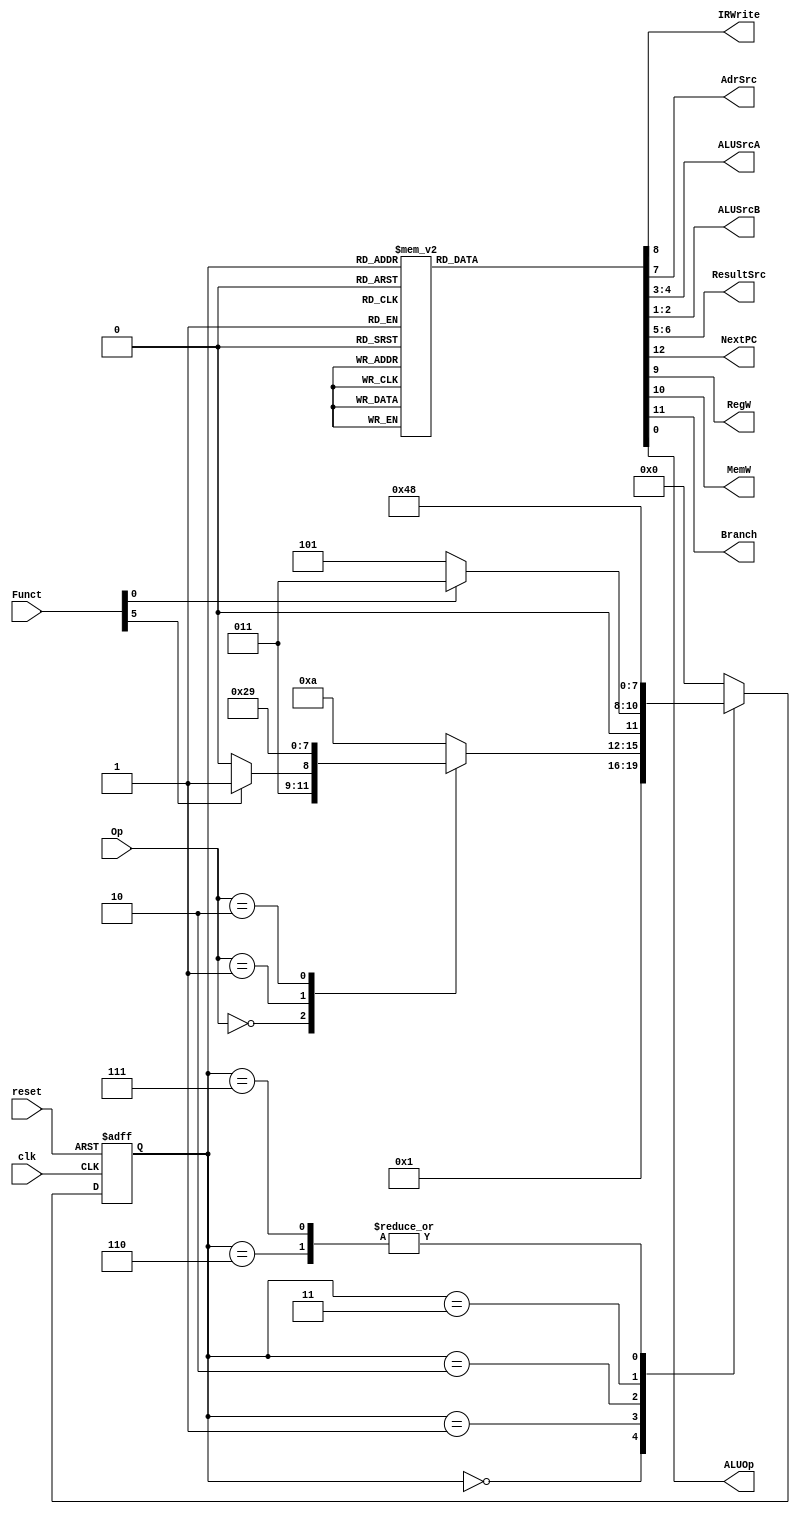
// vim: set expandtab:

module mainfsm (
    clk,
    reset,
    Op,
    Funct,
    IRWrite,
    AdrSrc,
    ALUSrcA,
    ALUSrcB,
    ResultSrc,
    NextPC,
    RegW,
    MemW,
    Branch,
    ALUOp
);
    input wire clk;
    input wire reset;
    input wire [1:0] Op;
    input wire [5:0] Funct;
    output wire IRWrite;
    output wire AdrSrc;
    output wire [1:0] ALUSrcA;
    output wire [1:0] ALUSrcB;
    output wire [1:0] ResultSrc;
    output wire NextPC;
    output wire RegW;
    output wire MemW;
    output wire Branch;
    output wire ALUOp;
    reg [3:0] state;
    reg [3:0] nextstate;
    reg [12:0] controls;

    localparam [3:0] FETCH    = 0;
    localparam [3:0] DECODE   = 1;
    localparam [3:0] MEMADR   = 2;
    localparam [3:0] MEMRD    = 3;
    localparam [3:0] MEMWB    = 4;
    localparam [3:0] MEMWR    = 5;
    localparam [3:0] EXECUTER = 6;
    localparam [3:0] EXECUTEI = 7;
    localparam [3:0] ALUWB    = 8;
    localparam [3:0] BRANCH   = 9;
    localparam [3:0] UNKNOWN  = 10;

    // state register
    always @(posedge clk or posedge reset)
        if (reset)
            state <= FETCH;
        else
            state <= nextstate;


    // ADD CODE BELOW
      // Finish entering the next state logic below.  We've completed the
      // first two states, FETCH and DECODE, for you.

      // next state logic
    always @(*)
        casex (state)
            FETCH: nextstate = DECODE;
            DECODE:
                case (Op)
                    2'b00:
                        if (Funct[5])
                            nextstate = EXECUTEI;
                        else
                            nextstate = EXECUTER;
                    2'b01: nextstate = MEMADR;
                    2'b10: nextstate = BRANCH;
                    default: nextstate = UNKNOWN;
                endcase
            MEMADR:
                if(Funct[0])
                    nextstate = MEMRD;
                else
                    nextstate = MEMWR;
            MEMRD:    nextstate = MEMWB;
            MEMWB:    nextstate = FETCH;
            MEMWR:    nextstate = FETCH;
            EXECUTER: nextstate = ALUWB;
            EXECUTEI: nextstate = ALUWB;
            ALUWB:    nextstate = FETCH;
            BRANCH:   nextstate = FETCH;
            default:  nextstate = FETCH;
        endcase

    // ADD CODE BELOW
    // Finish entering the output logic below.  We've entered the
    // output logic for the first two states, FETCH and DECODE, for you.

    // state-dependent output logic
    always @(*)
        case (state)
            FETCH: controls    = 13'b1_0_0_0_1_0_10_01_10_0;
            DECODE: controls   = 13'b0_0_0_0_0_0_10_01_10_0;
            EXECUTER: controls = 13'b0_0_0_0_0_0_00_00_00_1;
            EXECUTEI: controls = 13'b0_0_0_0_0_0_00_00_01_1;
            ALUWB: controls    = 13'b0_0_0_1_0_0_00_00_00_0;
            MEMADR: controls   = 13'b0_0_0_0_0_0_00_00_01_0;
            MEMWR: controls    = 13'b0_0_1_0_0_1_00_00_00_0;
            MEMRD: controls    = 13'b0_0_0_0_0_1_00_00_00_0;
            MEMWB: controls    = 13'b0_0_0_1_0_0_01_00_00_0;
            BRANCH: controls   = 13'b0_1_0_0_0_0_10_00_01_0;
            default: controls  = 13'bxxxxxxxxxxxxx;
        endcase
    assign {NextPC, Branch, MemW, RegW, IRWrite, AdrSrc, ResultSrc, ALUSrcA, ALUSrcB, ALUOp} = controls;
endmodule